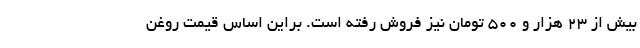
بیش از ۲۳ هزار و ۵۰۰ تومان نیز فروش رفته است. براین اساس قیمت روغن